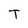
Character: T